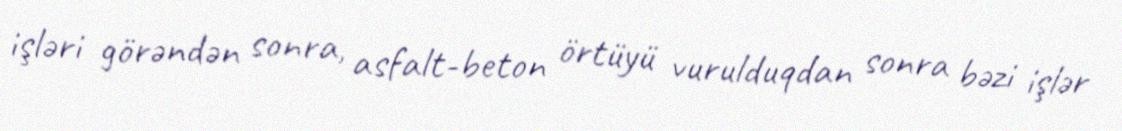
işləri görəndən sonra, asfalt-beton örtüyü vurulduqdan sonra bəzi işlər